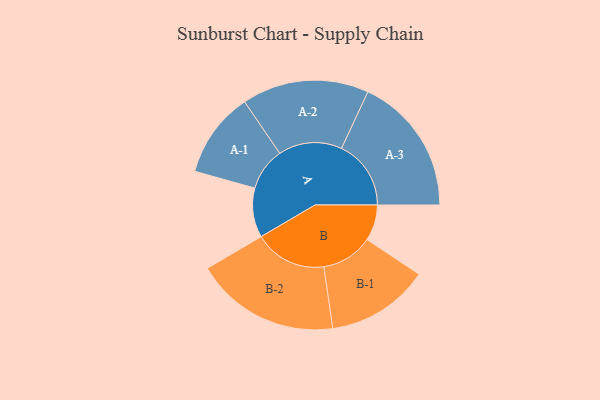
{"axis": {"x": "Segment", "y": "Value"}, "legend": ["", "A", "B"], "data": [{"x": "A", "y": 181, "type": ""}, {"x": "B", "y": 132, "type": ""}, {"x": "A-1", "y": 157, "type": "A"}, {"x": "A-2", "y": 233, "type": "A"}, {"x": "A-3", "y": 255, "type": "A"}, {"x": "B-1", "y": 189, "type": "B"}, {"x": "B-2", "y": 266, "type": "B"}]}